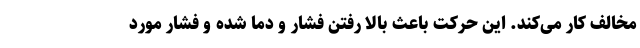
مخالف کار می‌کند. این حرکت باعث بالا رفتن فشار و دما شده و فشار مورد